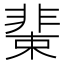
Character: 𩇹